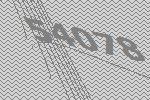
54078